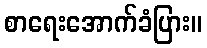
စာရေးအောက်ခံပြား။